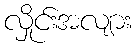
လှိုင်းအလျား